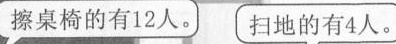
擦桌椅的有12人。扫地的有4人。